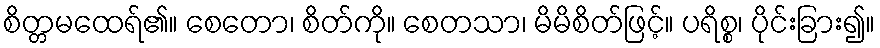
စိတ္တမထေရ်၏။ စေတော၊ စိတ်ကို။ စေတသာ၊ မိမိစိတ်ဖြင့်။ ပရိစ္စ၊ ပိုင်းခြား၍။